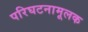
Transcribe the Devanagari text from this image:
परिघटनामूलक